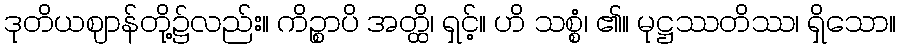
ဒုတိယဈာန်တို့၌လည်း။ ကိဉ္စာပိ အတ္ထိ၊ ရှင့်။ ဟိ သစ္စံ၊ ၏။ မုဋ္ဌဿတိဿ၊ ရှိသော။